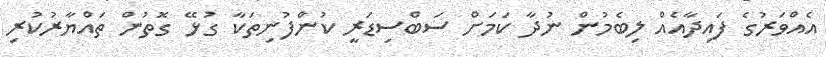
އެއްވަރުގެ ފައިދާއެއް ލިބެމުން ނުދާ ކަމަށް ސަބްސިޑަރީ ކުންފުނިތަކާ ގުޅޭ ގޮތުން ތައްޔާރުކުރި